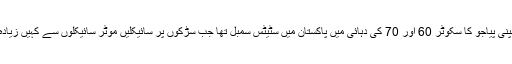
برطانوی خبر رساں ایجنسی روئٹرز کے مطابق اطالوی کمپنی پیاجو کا سکوٹر 60 اور 70 کی دہائی میں پاکستان میں سٹیٹس سمبل تھا جب سڑکوں پر سائیکلیں موٹر سائیکلوں سے کہیں زیادہ ہوتی تھیں اور لوگ یورپی اشیا کو خرید نہیں سکتے تھے۔